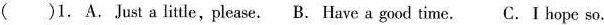
( )1. A.Just a little,please. B. Have a good time. C. I hope so.